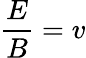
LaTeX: {\frac{E}{B}}=v